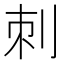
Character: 刺